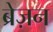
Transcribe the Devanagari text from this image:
ब्रेज़न